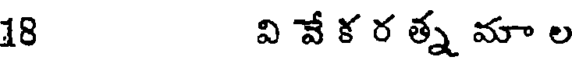
18 వి వే క ర త్న మా ల